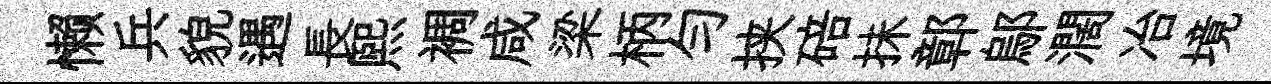
懒兵貌遇長熙裯咸梁柄匀挟碚抺鄣鄔濶冶境